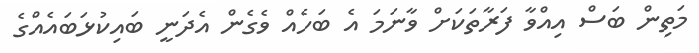
މަތިން ބަސް އިއްވާ ފަރާތަކަށް ވާނަމަ އެ ބަހެއް ވެގެން އެދަނީ ބައިކުޅަބައެއްގެ